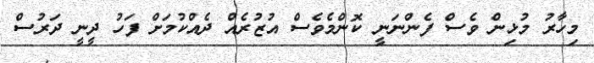
މިހާރު މުޅިން ވެސް ފެންނަނީ ކޮންމެވެސް އުޒުރެއް ދެއްކުމަށް ފަހު ދީނީ ދަރުސް